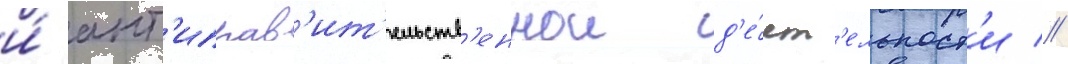
и́ ант'иправ'ит'ельств'еннои д'е́ят'ельност'и //